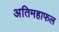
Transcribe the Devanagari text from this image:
अतिमहाफल